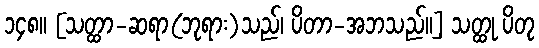
၁၄၈။ [သတ္ထာ-ဆရာ(ဘုရား)သည်၊ ပိတာ-အဘသည်။] သတ္ထု ပိတု